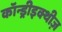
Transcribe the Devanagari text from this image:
कॉन्ड्रीइक्थीज़